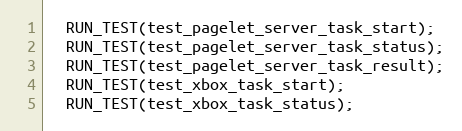
Language: C++
  RUN_TEST(test_pagelet_server_task_start);
  RUN_TEST(test_pagelet_server_task_status);
  RUN_TEST(test_pagelet_server_task_result);
  RUN_TEST(test_xbox_task_start);
  RUN_TEST(test_xbox_task_status);